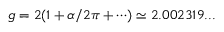
g = 2 ( 1 + \alpha / 2 \pi + \cdots ) \simeq 2 . 0 0 2 3 1 9 . . .